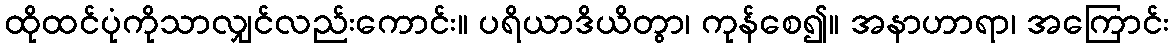
ထိုထင်ပုံကိုသာလျှင်လည်းကောင်း။ ပရိယာဒိယိတွာ၊ ကုန်စေ၍။ အနာဟာရာ၊ အကြောင်း